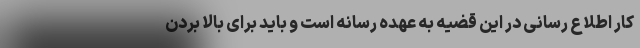
کار اطلاع رسانی در این قضیه به عهده رسانه است و باید برای بالا بردن